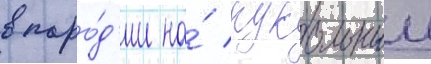
в паро́д'ии на́ кукольныи